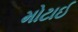
મોટાઈ